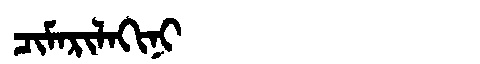
Manchu: ᠴᡳᠮᠠᡵᡳᠯᠠᡴᡳᠨᡳ
Romanization: CIMARILAKINI